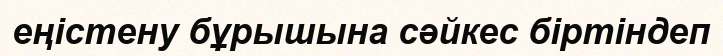
еңістену бұрышына сәйкес біртіндеп